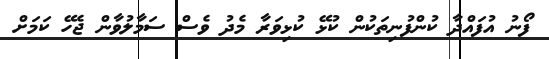
ފޯނު އުފައްދާ ކުންފުނިތަކުން ކުޅޭ ކުޅިވަރާ މެދު ވެސް ސަމާލުވާން ޖެހޭ ކަމަށް